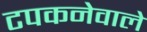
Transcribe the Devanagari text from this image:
टपकनेवाले